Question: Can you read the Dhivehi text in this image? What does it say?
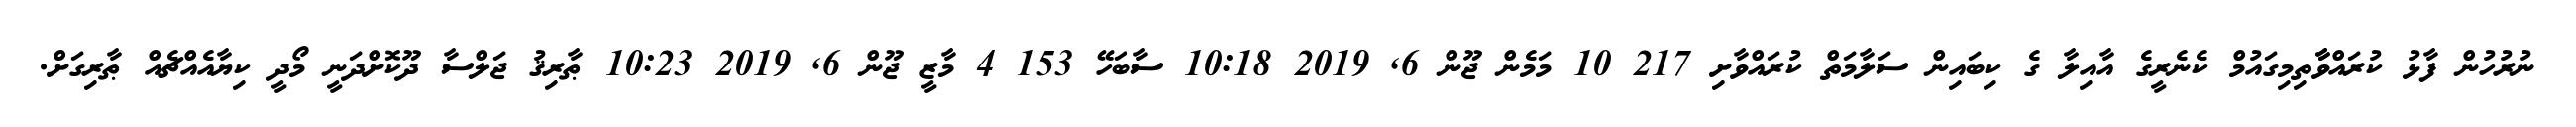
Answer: ނުރުހުން ފާޅު ކުރައްވާާތިމިގައުމް ކެނެރީގެ އާއިލާ ގެ ކިބައިން ސަލާމަތް ކުރައްވާށި 217 10 މަމެން ޖޫން 6, 2019 10:18 ސާބަހޭ 153 4 މާޒީ ޖޫން 6, 2019 10:23 ޠާރިޤު ޖަލްސާ ދޫކޮށްދަނީ މޯދީ ކިޔާއެއްޗެއް ޠާރިގަށް.